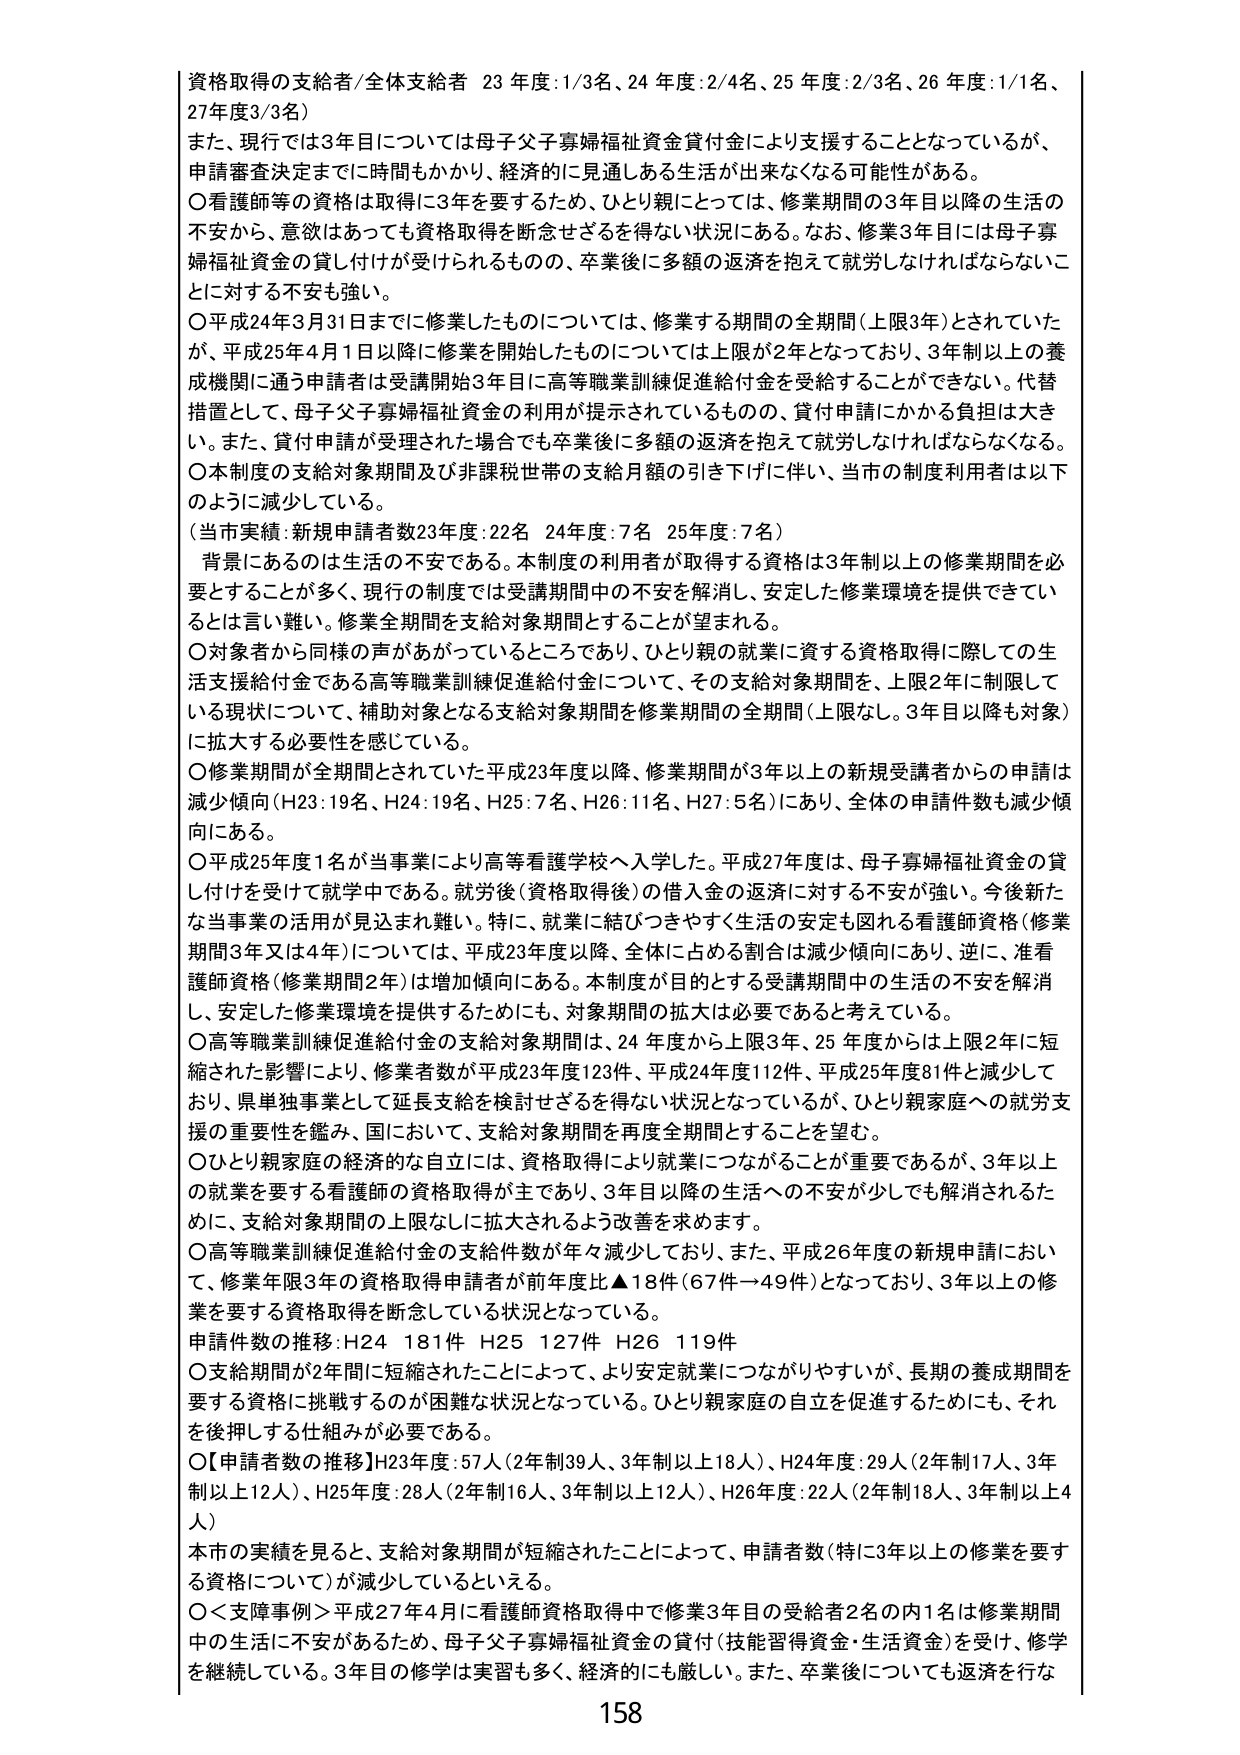
資格取得の支給者/全体支給者 23年度:1/3名、24年度:2/4名、25年度:2/3名、26年度:1/1名、27年度3/3名）

また、現行では3年目については母子父子寡婦福祉資金貸付金により支援することとなっているが、申請審査決定までに時間もかかり、経済的に見通しある生活が出来なくなる可能性がある。

〇看護師等の資格は取得に3年を要するため、ひとり親にとっては、修業期間の3年目以降の生活の不安から、意欲はあっても資格取得を断念せざるを得ない状況にある。なお、修業3年目には母子寡婦福祉資金の貸し付けが受けられるものの、卒業後に多額の返済を抱えて就労しなければならないことに対する不安も強い。

〇平成24年3月31日までに修業したものについては、修業する期間の全期間（上限3年）とされていたが、平成25年4月1日以降に修業を開始したものについては上限が2年となっており、3年制以上の養成機関に通う申請者は受講開始3年目に高等職業訓練促進給付金を受給することができない。代替措置として、母子父子寡婦福祉資金の利用が提示されているものの、貸付申請にかかる負担は大きい。また、貸付申請が受理された場合でも卒業後に多額の返済を抱えて就労しなければならなくなる。

〇本制度の支給対象期間及び非課税世帯の支給月額の引き下げに伴い、当市の制度利用者は以下のように減少している。

（当市実績：新規申請者数23年度：22名 24年度：7名 25年度：7名）

背景にあるのは生活の不安である。本制度の利用者が取得する資格は3年制以上の修業期間を必要とすることが多く、現行の制度では受講期間中の不安を解消し、安定した修業環境を提供できているとは言い難い。修業全期間を支給対象期間とすることが望まれる。

〇対象者から同様の声があがっているところであり、ひとり親の就業に資する資格取得に際しての生活支援給付金である高等職業訓練促進給付金について、その支給対象期間を、上限2年に制限している現状について、補助対象となる支給対象期間を修業期間の全期間（上限なし。3年目以降も対象）に拡大する必要性を感じている。

〇修業期間が全期間とされていた平成23年度以降、修業期間が3年以上の新規受講者からの申請は減少傾向（H23：19名、H24：19名、H25：7名、H26：11名、H27：5名）にあり、全体の申請件数も減少傾向にある。

〇平成25年度1名が当事業により高等看護学校へ入学した。平成27年度は、母子寡婦福祉資金の貸し付けを受けて就労中である。就労後（資格取得後）の借入金の返済に対する不安が強い。今後新たな当事業の活用が見込まれる難しい。特に、就業に結びつきやすく生活の安定も図れる看護師資格（修業期間3年又は4年）については、平成23年度以降、全体に占める割合は減少傾向にあり、逆に、准看護師資格（修業期間2年）は増加傾向にある。本制度が目的とする受講期間中の生活の不安を解消し、安定した修業環境を提供するためにも、対象期間の拡大は必要であると考えている。

〇高等職業訓練促進給付金の支給対象期間は、24年度から上限3年、25年度からは上限2年に短縮された影響により、修業者数が平成23年度123件、平成24年度112件、平成25年度81件と減少しており、県単独事業として延長支給を検討せざるを得ない状況となっているが、ひとり親家庭への就労支援の重要性を鑑み、国において、支給対象期間を再度全期間とすることを望む。

〇ひとり親家庭の経済的な自立には、資格取得により就業につながることが重要であるが、3年以上の就業を要する看護師の資格取得が主であり、3年目以降の生活への不安が少しでも解消されるために、支給対象期間の上限なしに拡大されるよう改善を求めます。

〇高等職業訓練促進給付金の支給件数が年々減少しており、また、平成26年度の新規申請において、修業年限3年の資格取得申請者が前年度比▲18件（67件→49件）となっており、3年以上の修業を要する資格取得を断念している状況となっている。

申請件数の推移：H24 181件 H25 127件 H26 119件

〇支給期間が2年間に短縮されたことによって、より安定就業につながりやすいが、長期の養成期間を要する資格に挑戦するのが困難な状況となっている。ひとり親家庭の自立を促進するためにも、それを後押しする仕組みが必要である。

〇【申請者数の推移】H23年度：57人（2年制39人、3年制以上18人）、H24年度：29人（2年制17人、3年制以上12人）、H25年度：28人（2年制16人、3年制以上12人）、H26年度：22人（2年制18人、3年制以上4人）

本市の実績を見ると、支給対象期間が短縮されたことによって、申請者数（特に3年以上の修業を要する資格について）が減少しているといえる。

〇＜支障事例＞平成27年4月に看護師資格取得中で修業3年目の受給者2名の内1名は修業期間中の生活に不安があるため、母子父子寡婦福祉資金の貸付（技能習得資金・生活資金）を受け、修学を継続している。3年目の修学は実習も多く、経済的にも厳しい。また、卒業後についても返済を行な

158